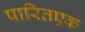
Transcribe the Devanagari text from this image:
पारितएक